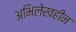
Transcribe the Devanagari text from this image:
अभिलेखहीन